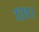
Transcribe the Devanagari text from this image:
१३१।